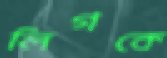
লিগকে